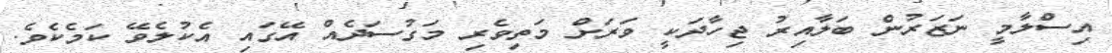
އިސްލާމީ ނަޒަރުން ބަލާއިރު ޖިހާދަކީ ވަރަށް މަތިވެރި މަގުސަދެއް އޭގައި އެކުލެވޭ ކަމެކެވެ.